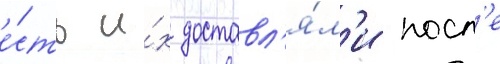
е́сть и́х доставл'я́л'и посл'е